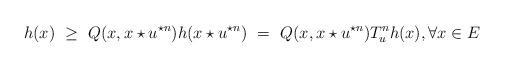
LaTeX: \begin{align*}h(x)~\geq~ Q(x, x\star u^{\star n}) h(x \star u^{\star n}) ~=~ Q(x, x\star u^{\star n}) T_u^n h (x), \forall x\in E\end{align*}